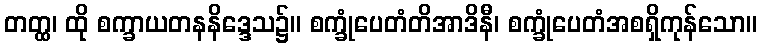
တတ္ထ၊ ထို စက္ခာယတနနိဒ္ဒေသ၌။ စက္ခုံပေတံတိအာဒိနီ၊ စက္ခုံပေတံအစရှိကုန်သော။